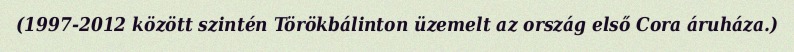
(1997-2012 között szintén Törökbálinton üzemelt az ország első Cora áruháza.)